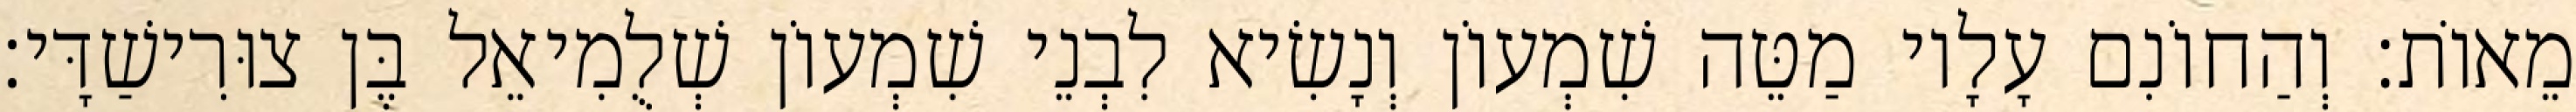
מֵאוֹת׃ וְהַחוֹנִם עָלָיו מַטֵּה שִׁמְעוֹן וְנָשִׂיא לִבְנֵי שִׁמְעוֹן שְׁלֻמִיאֵל בֶּן צוּרִישַׁדָּי׃